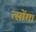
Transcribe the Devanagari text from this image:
त्सोंगा